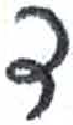
אות: ד